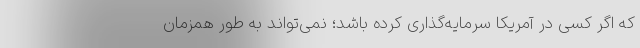
که اگر کسی در آمریکا سرمایه‌گذاری کرده باشد؛ نمی‌تواند به طور همزمان